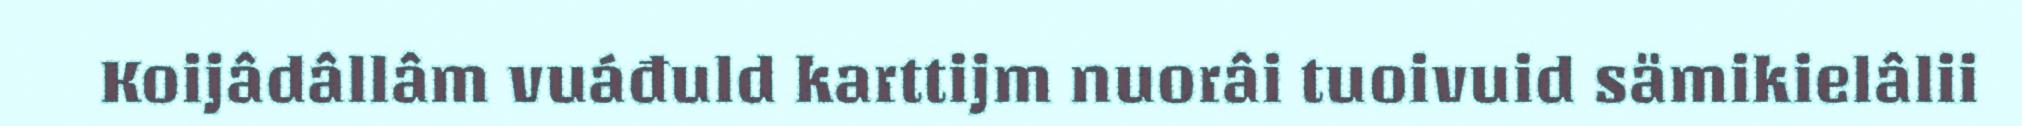
Koijâdâllâm vuáđuld karttijm nuorâi tuoivuid sämikielâlii